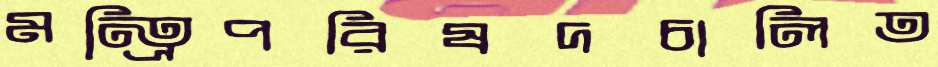
মন্ত্রিপরিষদচালিত